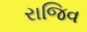
રાજિવ